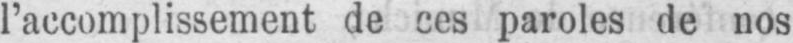
l’accomplissement de ces paroles de nos